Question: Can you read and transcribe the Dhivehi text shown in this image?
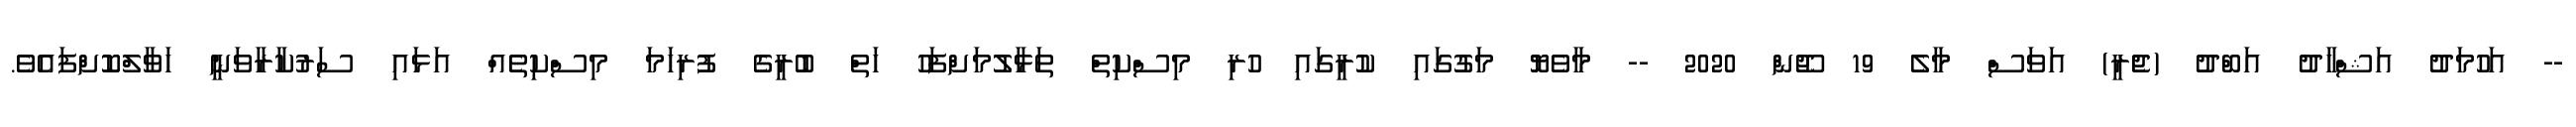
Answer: -- އަހުމަދު އަޝްހާދު އަބްދު (ޖެރީ) އަވަސް މާލެ 19 ޖޫން 2020 -- މާވެޔޮ މަގުގައި ކުރީގައި ހުރި މިސްކިތް ތަޅާލުމަށްފަހު ހަތް ބުރީގެ ފުރިހަމަ މިސްކިތެއް އަޅައި ސަރުކާރާވަނީ ހަވާލްކޮށްފައެވެ.